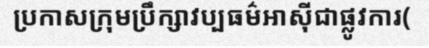
ប្រកាសក្រុមប្រឹក្សាវប្បធម៌អាស៊ីជាផ្លូវការ(